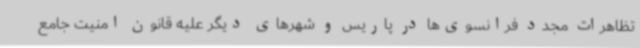
تظاهرات مجدد فرانسوی‌ها در پاریس و شهرهای دیگر علیه قانون امنیت جامع